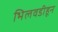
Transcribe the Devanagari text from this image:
भिलवडीहून